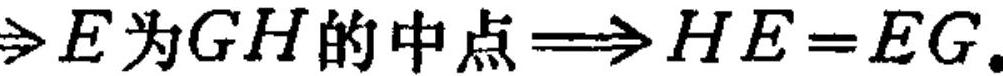
\(\Rightarrow E为GH的中点\Longrightarrow HE = EG\)